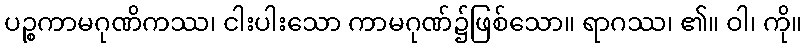
ပဉ္စကာမဂုဏိကဿ၊ ငါးပါးသော ကာမဂုဏ်၌ဖြစ်သော။ ရာဂဿ၊ ၏။ ဝါ၊ ကို။